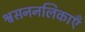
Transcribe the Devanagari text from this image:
श्वसननलिकाएँ